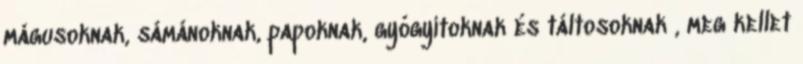
mágusoknak, sámánoknak, papoknak, gyógyítoknak és táltosoknak , meg kellet